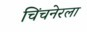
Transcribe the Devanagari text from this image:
चिंचनेरला